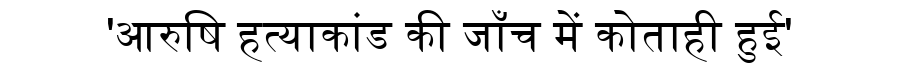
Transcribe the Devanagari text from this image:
'आरुषि हत्याकांड की जाँच में कोताही हुई'